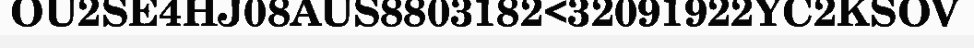
OU2SE4HJ08AUS8803182<32091922YC2KSOV